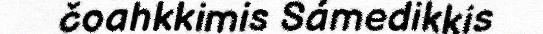
čoahkkimis Sámedikkis